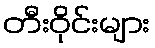
တီးဝိုင်းများ